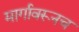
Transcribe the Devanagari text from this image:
मार्गावरूनच